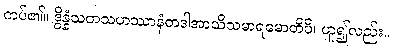
ကပ်၏။ ဒွိန္နံသတသဟဿာနံတဒါအာသိသမာရမောတိပိ၊ ဟူ၍လည်း။